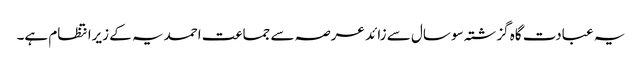
یہ عبادت گاہ گزشتہ سو سال سے زائد عرصہ سے جماعت احمدیہ کے زیرانتظام ہے۔